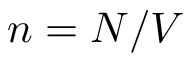
n = N / V